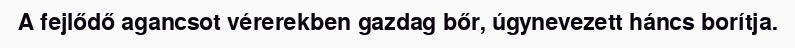
A fejlődő agancsot vérerekben gazdag bőr, úgynevezett háncs borítja.